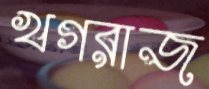
খগরাজ